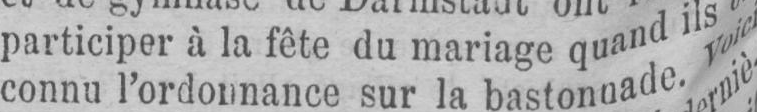
connu l’ordonnance sur la bastonnade. Voici